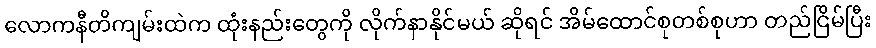
လောကနီတိကျမ်းထဲက ထုံးနည်းတွေကို လိုက်နာနိုင်မယ် ဆိုရင် အိမ်ထောင်စုတစ်စုဟာ တည်ငြိမ်ပြီး